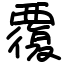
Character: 覆